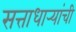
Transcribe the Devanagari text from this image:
सत्ताधार्‍यांची